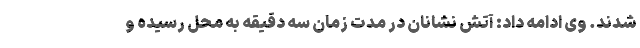
شدند. وی ادامه داد: آتش نشانان در مدت زمان سه دقیقه به محل رسیده و